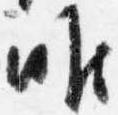
唯